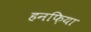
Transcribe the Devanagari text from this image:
हनफ़िया